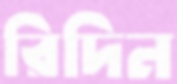
রিদিন